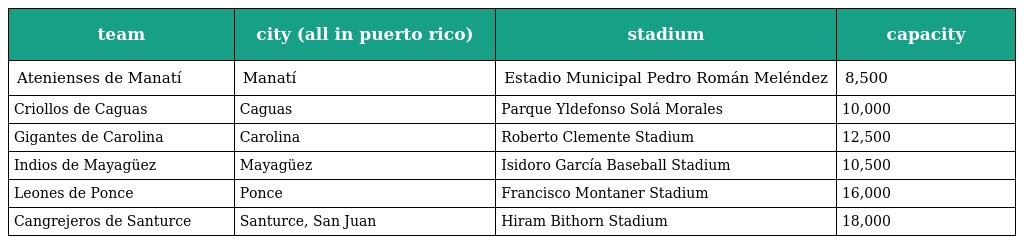
| team | city (all in puerto rico) | stadium | capacity |
 | --- | --- | --- | --- |
 | Atenienses de Manatí | Manatí | Estadio Municipal Pedro Román Meléndez | 8,500 |
 | Criollos de Caguas | Caguas | Parque Yldefonso Solá Morales | 10,000 |
 | Gigantes de Carolina | Carolina | Roberto Clemente Stadium | 12,500 |
 | Indios de Mayagüez | Mayagüez | Isidoro García Baseball Stadium | 10,500 |
 | Leones de Ponce | Ponce | Francisco Montaner Stadium | 16,000 |
 | Cangrejeros de Santurce | Santurce, San Juan | Hiram Bithorn Stadium | 18,000 |